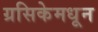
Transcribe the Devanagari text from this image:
ग्रसिकेमधून